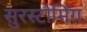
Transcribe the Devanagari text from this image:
सुरस्टोमिंग